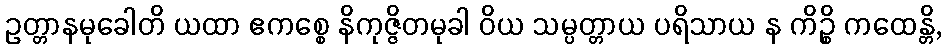
ဥတ္တာနမုခေါတိ ယထာ ဧကစ္စေ နိကုဇ္ဇိတမုခါ ဝိယ သမ္ပတ္တာယ ပရိသာယ န ကိဉ္စိ ကထေန္တိ,